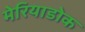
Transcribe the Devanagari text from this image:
मेरियाडोक